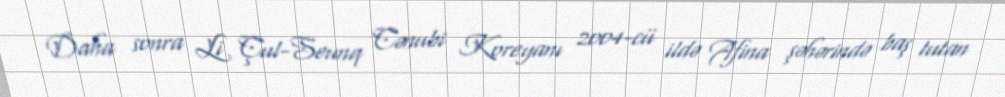
Daha sonra Li Çul-Seunq Cənubi Koreyanı 2004-cü ildə Afina şəhərində baş tutan